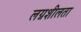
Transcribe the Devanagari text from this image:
लग्नशीलता